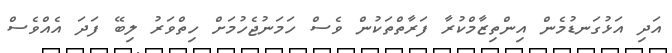
އަދި އަޅުގަނޑުމެން އިންތިޒާމްކުރާ ފަރާތްތަކުން ވެސް ހަމަނުޖެހުމަށް ހިތްވަރު ލިބޭ ފަދަ އެއްވެސް